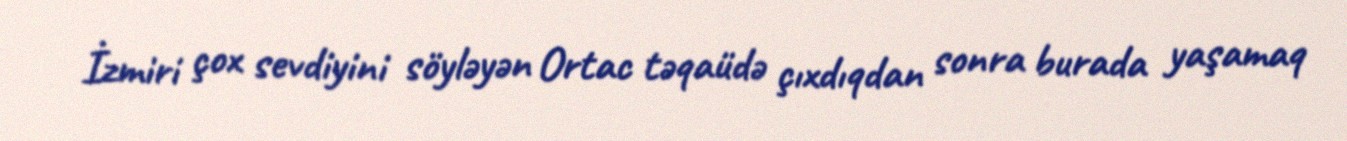
İzmiri çox sevdiyini söyləyən Ortac təqaüdə çıxdıqdan sonra burada yaşamaq